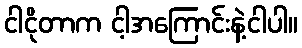
ငါငိုတာက ငါ့အကြောင်းနဲ့ငါပါ။